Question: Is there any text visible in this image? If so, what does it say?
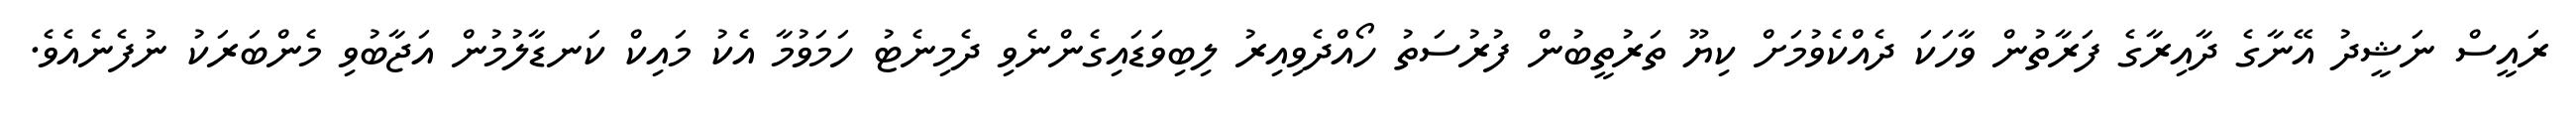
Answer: ރައީސް ނަޝީދު އޭނާގެ ދާއިރާގެ ފަރާތުން ވާހަކަ ދެއްކެވުމަށް ކިޔޫ ތަރުތީބުން ފުރުސަތު ހޯއްދެވިއިރު ލިބިވަޑައިގެންނެވި ދެމިނެޓު ހަމަވުމާ އެކު މައިކް ކަނޑާލުމުން އަޖާބުވި މެންބަރަކު ނުފެނެއެވެ.